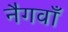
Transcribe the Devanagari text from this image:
नैगवाँ